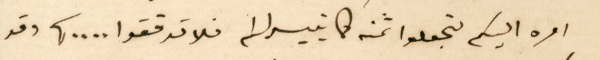
امره اليكم لتجعلوا ثمنه كما تيسر لكم فلا تدققوا .. ..، وقد